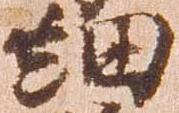
細